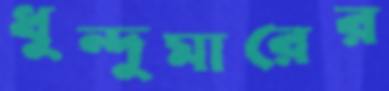
ধুন্দুমারের